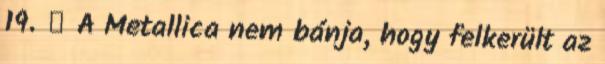
19. ↑ A Metallica nem bánja, hogy felkerült az